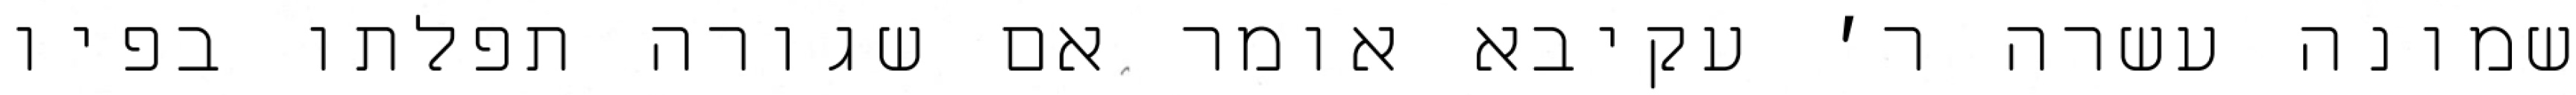
שמונה עשרה ר׳ עקיבא אומר אם שגורה תפלתו בפיו